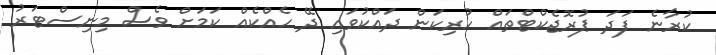
ކުރާނެ ފަދަ ޕުރޮޖެކްޓްތައް ހުރިކަން ދައްކުވައި ދޭ ހެއްކެއް ކަމަށް ވެސް މިނިސްޓަރު